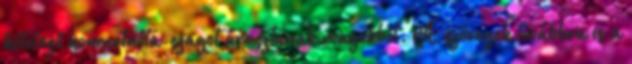
kötelező koncertnóta-szagot árasztanak magukból. A szövegek továbbra is a